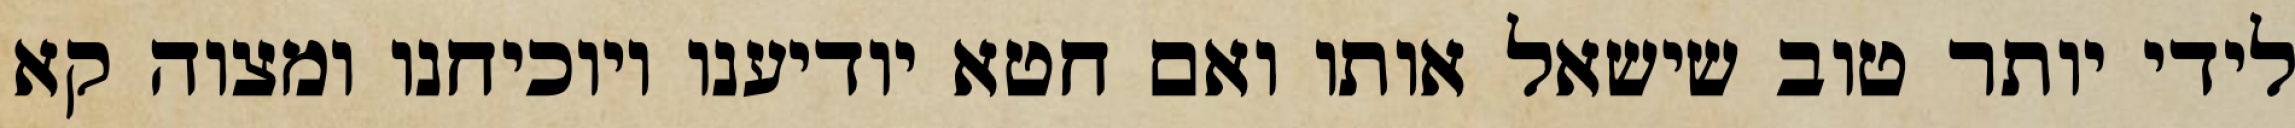
לידי יותר טוב שישאל אותו ואם חטא יודיענו ויוכיחנו ומצוה קא